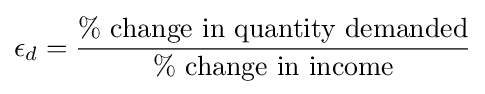
\epsilon _{d}={\frac {\%\ {\mbox{change in quantity demanded}}}{\%\ {\mbox{change in income}}}}